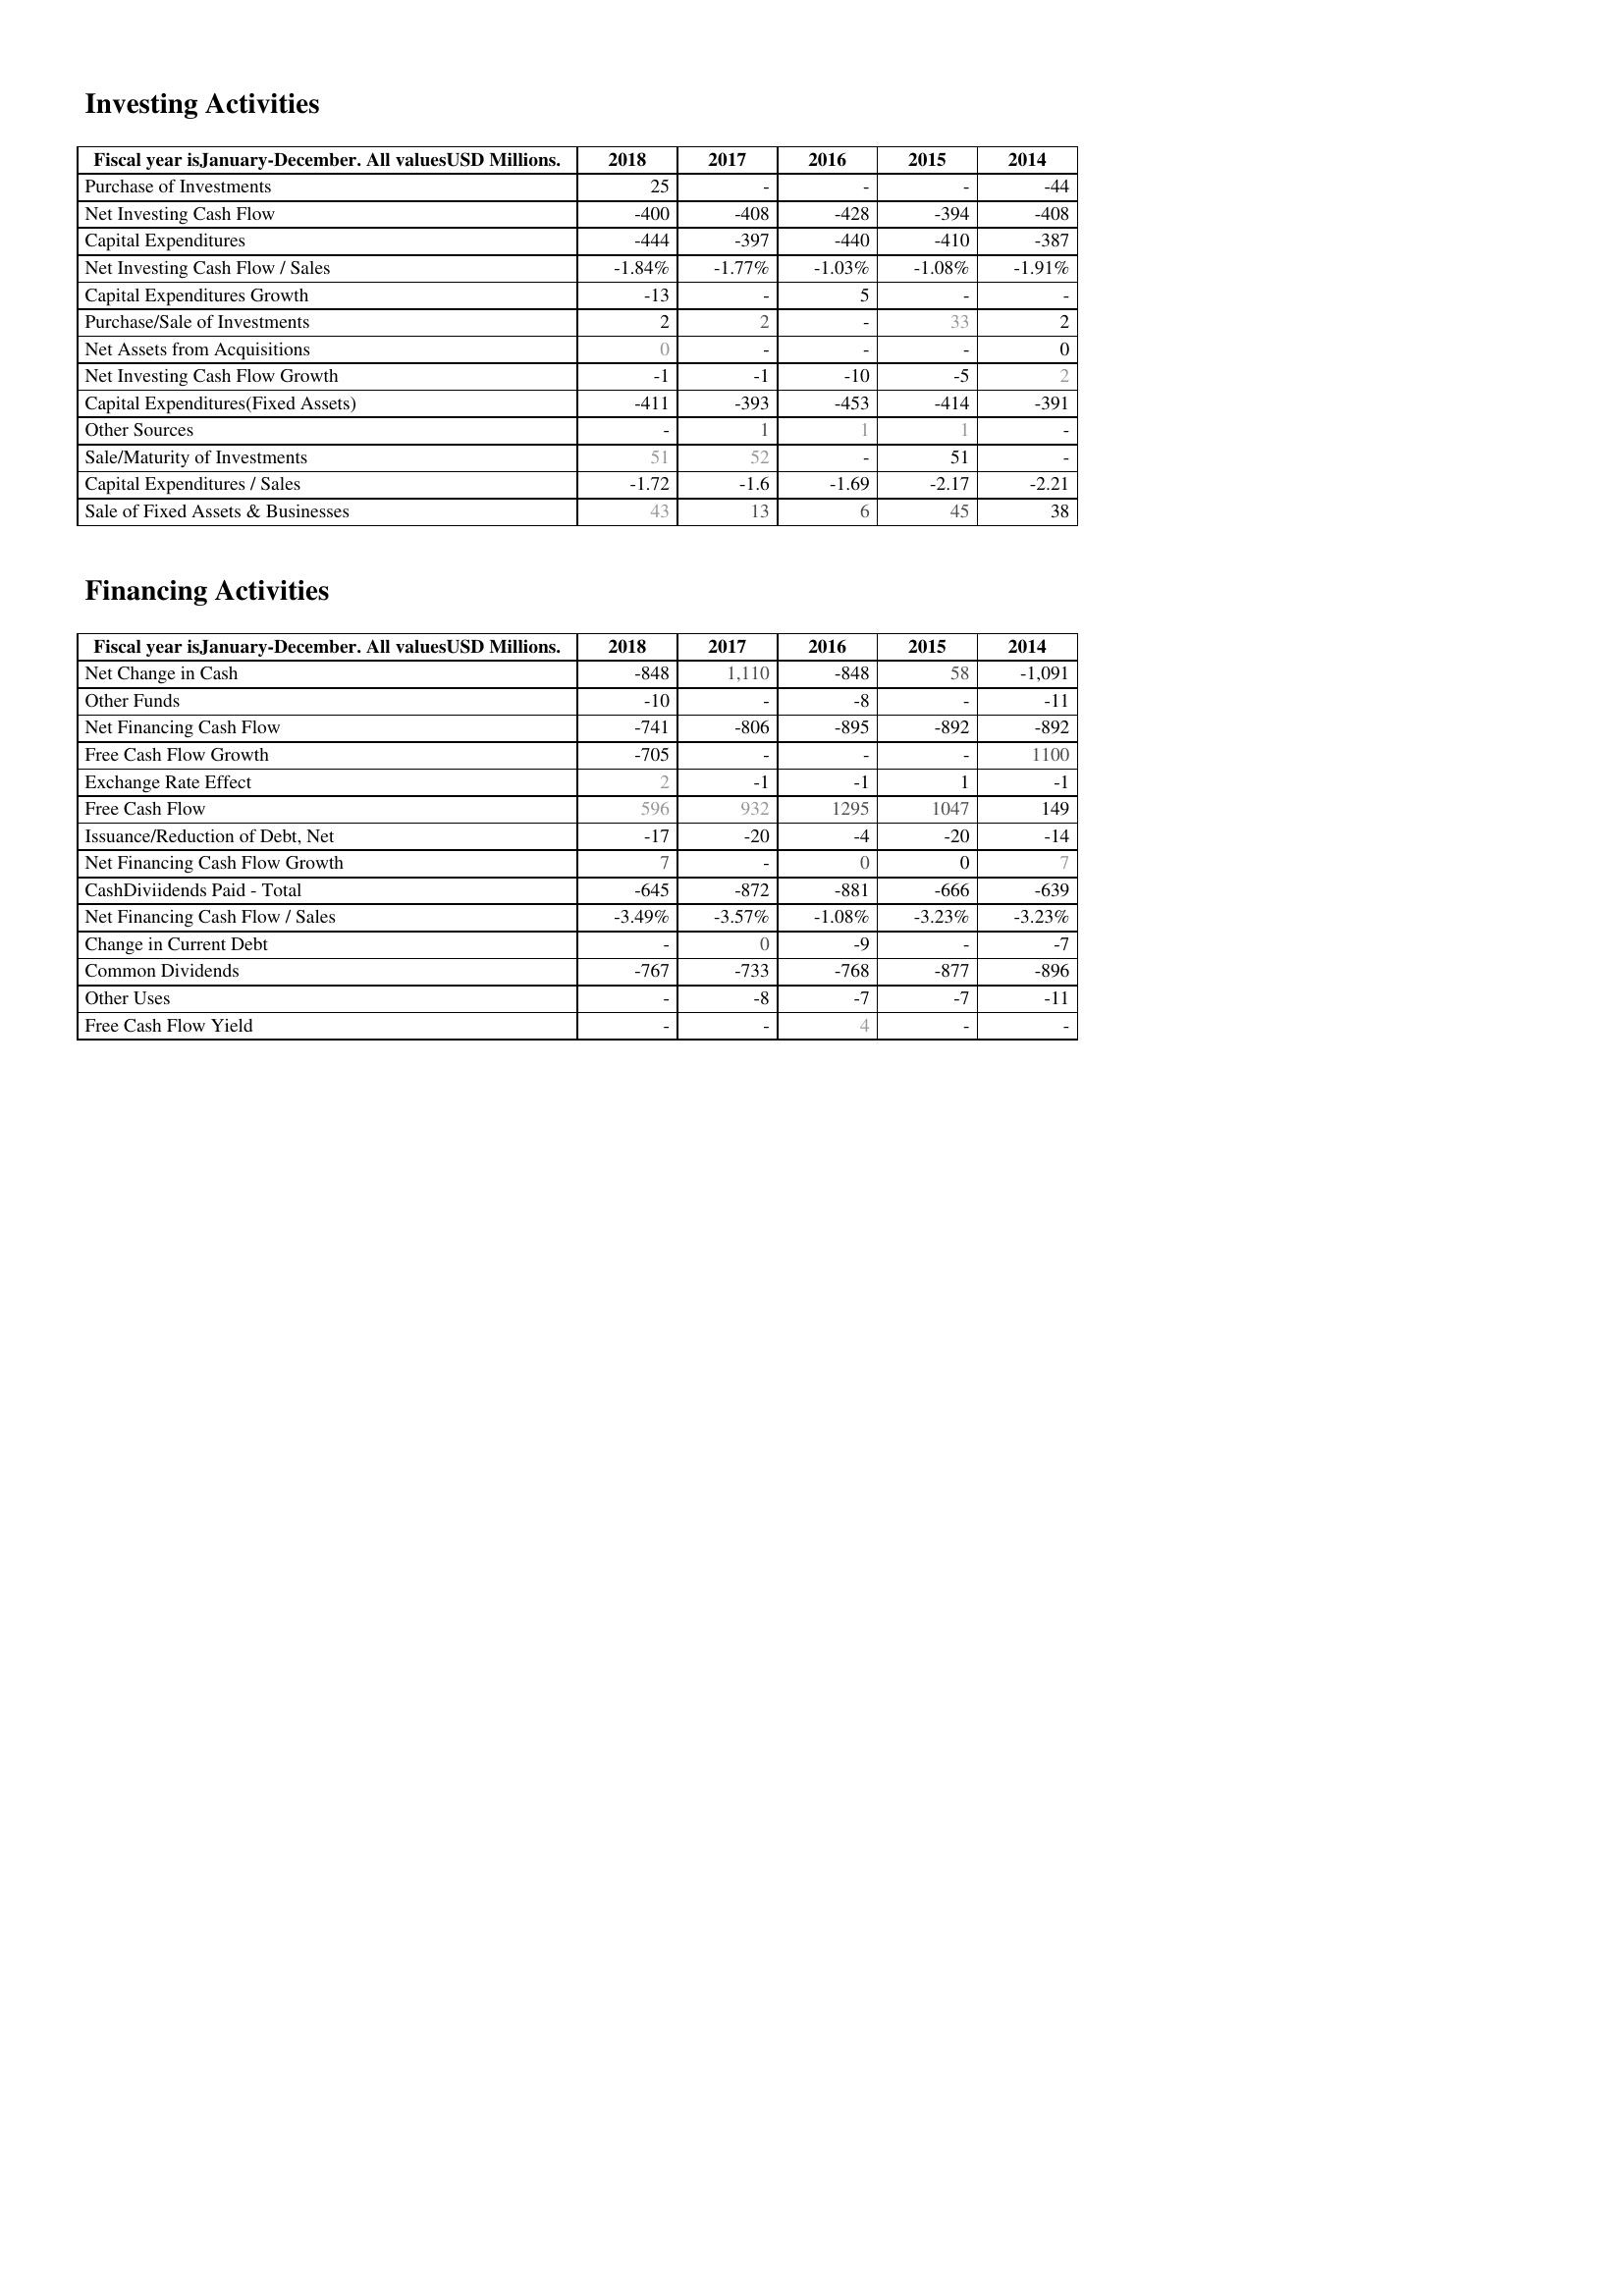
2018: Investing Activities: Purchase of Investments: 25
Net Investing Cash Flow: -400
Capital Expenditures: -444
Net Investing Cash Flow / Sales: -1.84%
Capital Expenditures Growth: -13
Purchase/Sale of Investments: 2
Net Assets from Acquisitions: 0
Net Investing Cash Flow Growth: -1
Capital Expenditures(Fixed Assets): -411
Other Sources: -
Sale/Maturity of Investments: 51
Capital Expenditures / Sales: -1.72
Sale of Fixed Assets & Businesses: 43
Financing Activities: Net Change in Cash: -848
Other Funds: -10
Net Financing Cash Flow: -741
Free Cash Flow Growth: -705
Exchange Rate Effect: 2
Free Cash Flow: 596
Issuance/Reduction of Debt, Net: -17
Net Financing Cash Flow Growth: 7
CashDiviidends Paid - Total: -645
Net Financing Cash Flow / Sales: -3.49%
Change in Current Debt: -
Common Dividends: -767
Other Uses: -
Free Cash Flow Yield: -
2017: Investing Activities: Purchase of Investments: -
Net Investing Cash Flow: -408
Capital Expenditures: -397
Net Investing Cash Flow / Sales: -1.77%
Capital Expenditures Growth: -
Purchase/Sale of Investments: 2
Net Assets from Acquisitions: -
Net Investing Cash Flow Growth: -1
Capital Expenditures(Fixed Assets): -393
Other Sources: 1
Sale/Maturity of Investments: 52
Capital Expenditures / Sales: -1.6
Sale of Fixed Assets & Businesses: 13
Financing Activities: Net Change in Cash: 1,110
Other Funds: -
Net Financing Cash Flow: -806
Free Cash Flow Growth: -
Exchange Rate Effect: -1
Free Cash Flow: 932
Issuance/Reduction of Debt, Net: -20
Net Financing Cash Flow Growth: -
CashDiviidends Paid - Total: -872
Net Financing Cash Flow / Sales: -3.57%
Change in Current Debt: 0
Common Dividends: -733
Other Uses: -8
Free Cash Flow Yield: -
2016: Investing Activities: Purchase of Investments: -
Net Investing Cash Flow: -428
Capital Expenditures: -440
Net Investing Cash Flow / Sales: -1.03%
Capital Expenditures Growth: 5
Purchase/Sale of Investments: -
Net Assets from Acquisitions: -
Net Investing Cash Flow Growth: -10
Capital Expenditures(Fixed Assets): -453
Other Sources: 1
Sale/Maturity of Investments: -
Capital Expenditures / Sales: -1.69
Sale of Fixed Assets & Businesses: 6
Financing Activities: Net Change in Cash: -848
Other Funds: -8
Net Financing Cash Flow: -895
Free Cash Flow Growth: -
Exchange Rate Effect: -1
Free Cash Flow: 1295
Issuance/Reduction of Debt, Net: -4
Net Financing Cash Flow Growth: 0
CashDiviidends Paid - Total: -881
Net Financing Cash Flow / Sales: -1.08%
Change in Current Debt: -9
Common Dividends: -768
Other Uses: -7
Free Cash Flow Yield: 4
2015: Investing Activities: Purchase of Investments: -
Net Investing Cash Flow: -394
Capital Expenditures: -410
Net Investing Cash Flow / Sales: -1.08%
Capital Expenditures Growth: -
Purchase/Sale of Investments: 33
Net Assets from Acquisitions: -
Net Investing Cash Flow Growth: -5
Capital Expenditures(Fixed Assets): -414
Other Sources: 1
Sale/Maturity of Investments: 51
Capital Expenditures / Sales: -2.17
Sale of Fixed Assets & Businesses: 45
Financing Activities: Net Change in Cash: 58
Other Funds: -
Net Financing Cash Flow: -892
Free Cash Flow Growth: -
Exchange Rate Effect: 1
Free Cash Flow: 1047
Issuance/Reduction of Debt, Net: -20
Net Financing Cash Flow Growth: 0
CashDiviidends Paid - Total: -666
Net Financing Cash Flow / Sales: -3.23%
Change in Current Debt: -
Common Dividends: -877
Other Uses: -7
Free Cash Flow Yield: -
2014: Investing Activities: Purchase of Investments: -44
Net Investing Cash Flow: -408
Capital Expenditures: -387
Net Investing Cash Flow / Sales: -1.91%
Capital Expenditures Growth: -
Purchase/Sale of Investments: 2
Net Assets from Acquisitions: 0
Net Investing Cash Flow Growth: 2
Capital Expenditures(Fixed Assets): -391
Other Sources: -
Sale/Maturity of Investments: -
Capital Expenditures / Sales: -2.21
Sale of Fixed Assets & Businesses: 38
Financing Activities: Net Change in Cash: -1,091
Other Funds: -11
Net Financing Cash Flow: -892
Free Cash Flow Growth: 1100
Exchange Rate Effect: -1
Free Cash Flow: 149
Issuance/Reduction of Debt, Net: -14
Net Financing Cash Flow Growth: 7
CashDiviidends Paid - Total: -639
Net Financing Cash Flow / Sales: -3.23%
Change in Current Debt: -7
Common Dividends: -896
Other Uses: -11
Free Cash Flow Yield: -